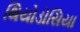
થિયોડોસિયા